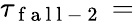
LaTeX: \tau_{\mathrm{~f~a~l~l~-~2~}}=